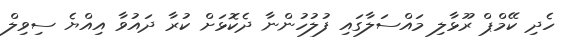
ހެދި ކޭމްޕް ރޫޅާލި މައްސަލާގައި ފުލުހުންނާ ދެކޮޅަށް ކުރާ ދައުވާ އިއްޔެ ސިވިލް